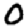
Digit: 0